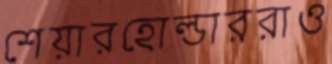
শেয়ারহোল্ডাররাও